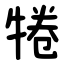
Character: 犈